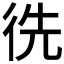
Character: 𢓠